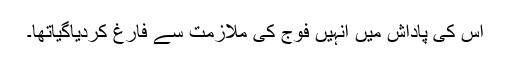
اس کی پاداش میں انہیں فوج کی ملازمت سے فارغ کردیاگیاتھا۔